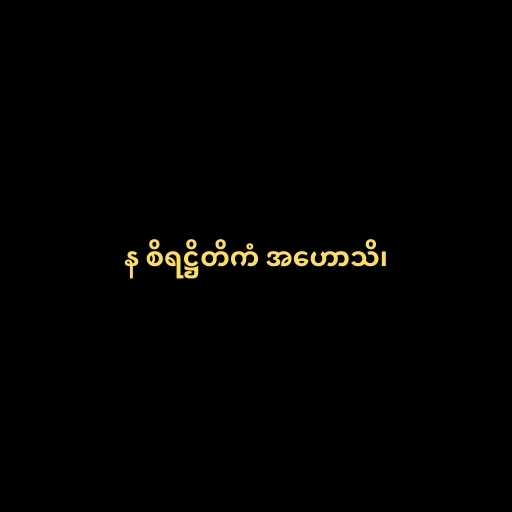
န စိရဋ္ဌိတိကံ အဟောသိ၊